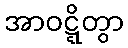
အာဝဋ္ဋိတွာ